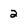
Character: 2